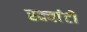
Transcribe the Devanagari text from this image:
स्क्वांटो